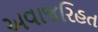
અવાજરિહત